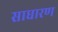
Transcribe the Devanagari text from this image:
साधारण्‍ा